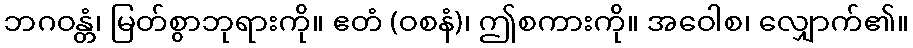
ဘဂဝန္တံ၊ မြတ်စွာဘုရားကို။ ဧတံ (ဝစနံ)၊ ဤစကားကို။ အဝေါစ၊ လျှောက်၏။